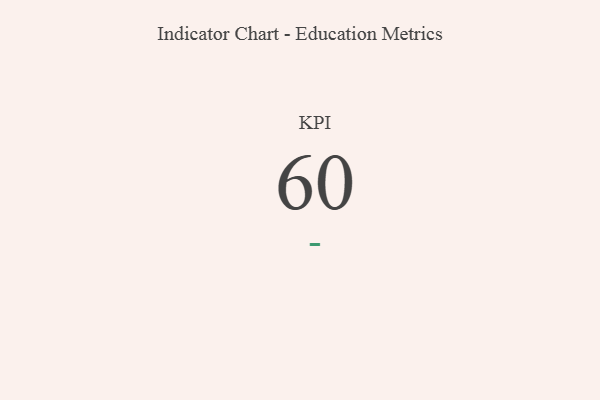
{"axis": {"x": "KPI", "y": "Value"}, "legend": [""], "data": [{"x": "KPI", "y": 60, "type": ""}]}